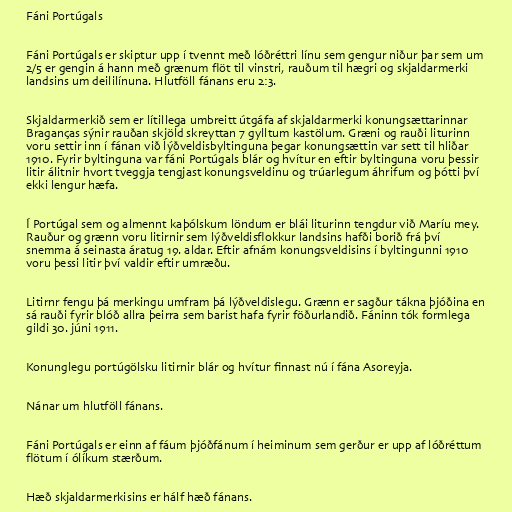
Fáni Portúgals

Fáni Portúgals er skiptur upp í tvennt með lóðréttri línu sem gengur niður þar sem um
2/5 er gengin á hann með grænum flöt til vinstri, rauðum til hægri og skjaldarmerki
landsins um deililínuna. Hlutföll fánans eru 2:3.

Skjaldarmerkið sem er lítillega umbreitt útgáfa af skjaldarmerki konungsættarinnar
Braganças sýnir rauðan skjöld skreyttan 7 gylltum kastölum. Græni og rauði liturinn
voru settir inn í fánan við lýðveldisbyltinguna þegar konungsættin var sett til hliðar
1910. Fyrir byltinguna var fáni Portúgals blár og hvítur en eftir byltinguna voru þessir
litir álitnir hvort tveggja tengjast konungsveldinu og trúarlegum áhrifum og þótti því
ekki lengur hæfa.

Í Portúgal sem og almennt kaþólskum löndum er blái liturinn tengdur við Maríu mey.
Rauður og grænn voru litirnir sem lýðveldisflokkur landsins hafði borið frá því
snemma á seinasta áratug 19. aldar. Eftir afnám konungsveldisins í byltingunni 1910
voru þessi litir því valdir eftir umræðu.

Litirnr fengu þá merkingu umfram þá lýðveldislegu. Grænn er sagður tákna þjóðina en
sá rauði fyrir blóð allra þeirra sem barist hafa fyrir föðurlandið. Fáninn tók formlega
gildi 30. júni 1911.

Konunglegu portúgölsku litirnir blár og hvítur finnast nú í fána Asoreyja.

Nánar um hlutföll fánans.

Fáni Portúgals er einn af fáum þjóðfánum í heiminum sem gerður er upp af lóðréttum
flötum í ólíkum stærðum.

Hæð skjaldarmerkisins er hálf hæð fánans.